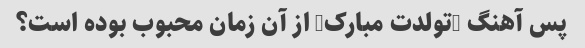
پس آهنگ "تولدت مبارک" از آن زمان محبوب بوده است؟